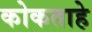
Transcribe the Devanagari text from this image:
कोकताहे